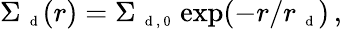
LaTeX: \Sigma_{\mathrm{~\scriptsize~d~}}(r)=\Sigma_{\mathrm{~\scriptsize~d~,~0~}}\exp(-r/r_{\mathrm{~\scriptsize~d~}})\, ,